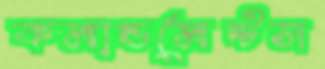
কমান্ডমেন্টস